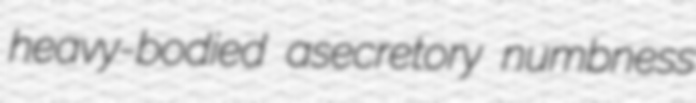
heavy-bodied asecretory numbness